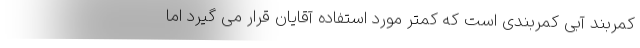
کمربند آبی کمربندی است که کمتر مورد استفاده آقایان قرار می گیرد اما